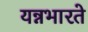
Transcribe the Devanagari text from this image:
यन्नभारते